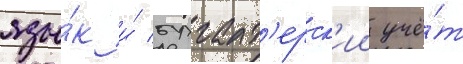
язы́к и́ бухгалт'ерск'ии учё́т